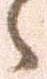
々